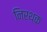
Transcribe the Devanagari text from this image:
निरथक